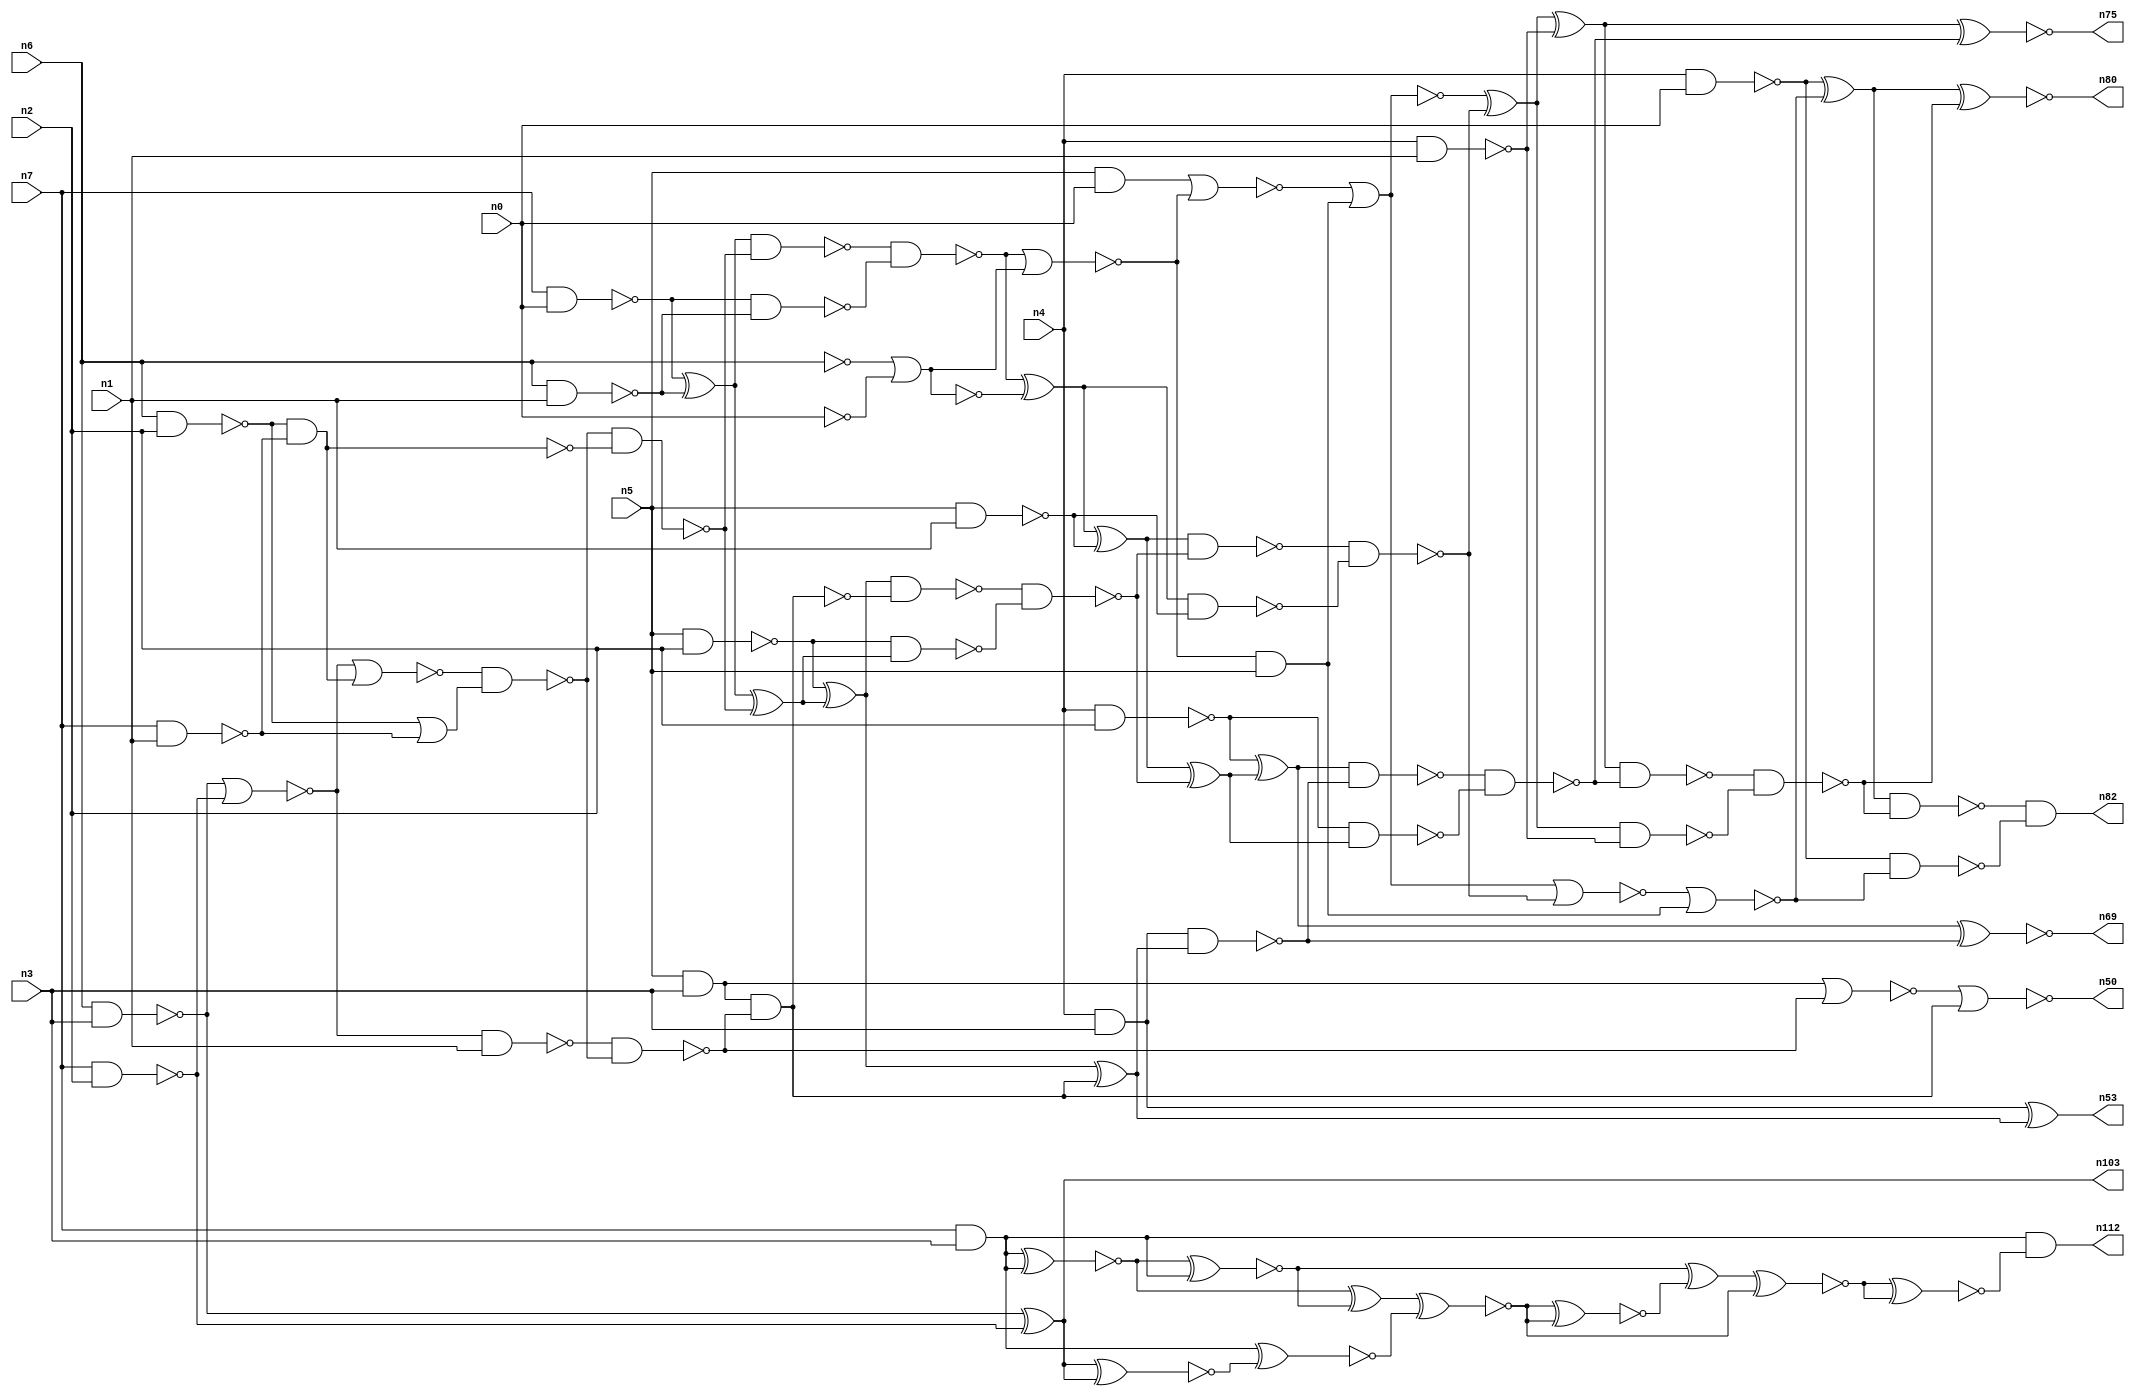
// This file contains a pareto-optimal circuit with respect to pdp and the fault-resilince parameter p_fault which is defined as:
// "For all input vectors, the ratio of the no. of faults observable at the POs to the no. of total possible faults in the circuit".
// This code is part of the ReCkt library (https://github.com/umar-afzaal/ReCkt) distributed under The MIT License.
// When used, please cite the following article(s):
// U. Afzaal, A.S. Hassan, M. Usman and J.A. Lee, "On the Evolutionary Synthesis of Increased Fault-resilience Arithmetic Circuits".

// p_fault = 81.4 %    (Lower is better)
// gates = 89.0
// levels = 17
// area = 113.91    (For MCNC library relative to nand2)
// power = 667.1 uW    (Berkely-SIS for MCNC library @ Vdd=5V and 20 MHz clock)
// delay = 22.8 ns    (Berkely-ABC for MCNC library)
// PDP = 1.52099e-11 J

// Pin mapping:
// {n0, n1, n2, n3} = A[3:0]
// {n4, n5, n6, n7} = B[3:0]
// {n82, n80, n75, n69, n53, n50, n103, n112} = O[7:0]

module mult4u_pdp_14 (
n0, n1, n2, n3, n4, n5, n6, n7, 
n82, n80, n75, n69, n53, n50, n103, n112
);

input n0, n1, n2, n3, n4, n5, n6, n7;
output n82, n80, n75, n69, n53, n50, n103, n112;
wire n16, n73, n77, n26, n41, n40, n38, n78, n76, n46, n51, n83, n15, n66, n36, n67, n35, n18, n99, n32, 
n13, n21, n64, n92, n57, n65, n90, n33, n10, n17, n70, n96, n97, n61, n19, n58, n68, n81, n24, n74, 
n44, n20, n62, n60, n28, n59, n27, n79, n45, n71, n98, n25, n14, n43, n8, n88, n86, n39, n34, n37, 
n31, n42, n52, n56, n54, n12, n63, n30, n22, n85, n11, n49, n29, n9, n72, n47, n55, n23, n87, n48, 
n84;

nand (n8, n4, n0);
and (n9, n5, n0);
nand (n10, n5, n2);
not (n11, n6);
not (n12, n0);
nand (n13, n6, n1);
nand (n14, n5, n1);
nand (n15, n4, n2);
nand (n16, n4, n3);
nand (n17, n4, n1);
nand (n18, n7, n1);
nand (n19, n6, n3);
and (n20, n7, n3);
nand (n21, n7, n0);
nand (n22, n7, n2);
nand (n23, n6, n2);
and (n24, n5, n3);
xor (n25, n21, n13);
and (n26, n23, n18);
nand (n27, n21, n13);
xor (n28, n19, n22);
not (n29, n16);
nor (n30, n19, n22);
nor (n31, n11, n12);
or (n32, n23, n18);
not (n33, n31);
nand (n34, n30, n1);
nor (n35, n30, n26);
not (n36, n26);
nand (n37, n35, n32);
nand (n38, n37, n36);
nand (n39, n34, n37);
nand (n40, n25, n38);
nor (n41, n24, n39);
xor (n42, n25, n38);
nand (n43, n24, n39);
nand (n44, n40, n27);
xor (n45, n10, n42);
not (n46, n43);
nand (n47, n10, n42);
nor (n48, n44, n33);
xor (n49, n44, n31);
nor (n50, n41, n46);
nand (n51, n45, n43);
xor (n52, n45, n46);
xor (n53, n29, n52);
nand (n54, n51, n47);
nand (n55, n49, n14);
nor (n56, n9, n48);
xor (n57, n49, n14);
nand (n58, n29, n52);
and (n59, n48, n5);
xor (n60, n57, n54);
nand (n61, n57, n54);
nor (n62, n56, n59);
not (n63, n62);
nand (n64, n15, n60);
xor (n65, n15, n60);
nand (n66, n61, n55);
nand (n67, n65, n58);
xor (n68, n62, n66);
xnor (n69, n65, n58);
nor (n70, n63, n66);
xor (n71, n68, n17);
nand (n72, n68, n17);
nand (n73, n67, n64);
nor (n74, n70, n59);
xnor (n75, n71, n73);
nand (n76, n71, n73);
nand (n77, n8, n74);
xor (n78, n8, n74);
nand (n79, n76, n72);
xnor (n80, n78, n79);
nand (n81, n78, n79);
and (n82, n81, n77);
xnor (n83, n28, n28);
xnor (n84, n20, n20);
xnor (n85, n84, n20);
xor (n86, n84, n85);
xnor (n87, n20, n83);
xnor (n88, n86, n87);
xnor (n90, n20, n83);
xnor (n92, n90, n86);
xnor (n96, n88, n92);
xor (n97, n85, n96);
xnor (n98, n97, n92);
xnor (n99, n98, n98);
xor (n103, n19, n22);
and (n112, n20, n99);

endmodule